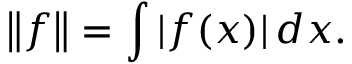
\left\| f \right\| = \int | f ( x ) | \, d x .